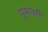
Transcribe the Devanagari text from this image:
पुमाची